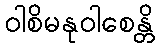
ဝါစိမနုဝါစေန္တိ